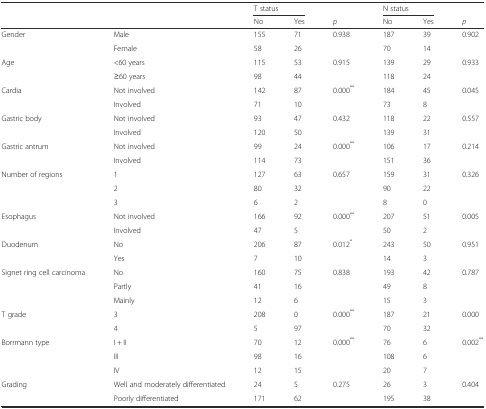
<table><thead><tr><td></td><td></td><td colspan="2"><b>T status</b></td><td></td><td colspan="2"><b>N status</b></td><td></td></tr><tr><td></td><td></td><td><b>No</b></td><td><b>Yes</b></td><td><b><i>p</i></b></td><td><b>No</b></td><td><b>Yes</b></td><td><b><i>p</i></b></td></tr></thead><tbody><tr><td>Gender</td><td>Male</td><td>155</td><td>71</td><td>0.938</td><td>187</td><td>39</td><td>0.902</td></tr><tr><td></td><td>Female</td><td>58</td><td>26</td><td></td><td>70</td><td>14</td><td></td></tr><tr><td>Age</td><td>&lt;60 years</td><td>115</td><td>53</td><td>0.915</td><td>139</td><td>29</td><td>0.933</td></tr><tr><td></td><td>≥60 years</td><td>98</td><td>44</td><td></td><td>118</td><td>24</td><td></td></tr><tr><td>Cardia</td><td>Not involved</td><td>142</td><td>87</td><td>0.000<sup>**</sup></td><td>184</td><td>45</td><td>0.045</td></tr><tr><td></td><td>Involved</td><td>71</td><td>10</td><td></td><td>73</td><td>8</td><td></td></tr><tr><td>Gastric body</td><td>Not involved</td><td>93</td><td>47</td><td>0.432</td><td>118</td><td>22</td><td>0.557</td></tr><tr><td></td><td>Involved</td><td>120</td><td>50</td><td></td><td>139</td><td>31</td><td></td></tr><tr><td>Gastric antrum</td><td>Not involved</td><td>99</td><td>24</td><td>0.000<sup>**</sup></td><td>106</td><td>17</td><td>0.214</td></tr><tr><td></td><td>Involved</td><td>114</td><td>73</td><td></td><td>151</td><td>36</td><td></td></tr><tr><td>Number of regions</td><td>1</td><td>127</td><td>63</td><td>0.657</td><td>159</td><td>31</td><td>0.326</td></tr><tr><td></td><td>2</td><td>80</td><td>32</td><td></td><td>90</td><td>22</td><td></td></tr><tr><td></td><td>3</td><td>6</td><td>2</td><td></td><td>8</td><td>0</td><td></td></tr><tr><td>Esophagus</td><td>Not involved</td><td>166</td><td>92</td><td>0.000<sup>**</sup></td><td>207</td><td>51</td><td>0.005</td></tr><tr><td></td><td>Involved</td><td>47</td><td>5</td><td></td><td>50</td><td>2</td><td></td></tr><tr><td>Duodenum</td><td>No</td><td>206</td><td>87</td><td>0.012<sup>*</sup></td><td>243</td><td>50</td><td>0.951</td></tr><tr><td></td><td>Yes</td><td>7</td><td>10</td><td></td><td>14</td><td>3</td><td></td></tr><tr><td>Signet ring cell carcinoma</td><td>No</td><td>160</td><td>75</td><td>0.838</td><td>193</td><td>42</td><td>0.787</td></tr><tr><td></td><td>Partly</td><td>41</td><td>16</td><td></td><td>49</td><td>8</td><td></td></tr><tr><td></td><td>Mainly</td><td>12</td><td>6</td><td></td><td>15</td><td>3</td><td></td></tr><tr><td>T grade</td><td>3</td><td>208</td><td>0</td><td>0.000<sup>**</sup></td><td>187</td><td>21</td><td>0.000</td></tr><tr><td></td><td>4</td><td>5</td><td>97</td><td></td><td>70</td><td>32</td><td></td></tr><tr><td>Borrmann type</td><td>I + II</td><td>70</td><td>12</td><td>0.000<sup>**</sup></td><td>76</td><td>6</td><td>0.002<sup>**</sup></td></tr><tr><td></td><td>III</td><td>98</td><td>16</td><td></td><td>108</td><td>6</td><td></td></tr><tr><td></td><td>IV</td><td>12</td><td>15</td><td></td><td>20</td><td>7</td><td></td></tr><tr><td>Grading</td><td>Well and moderately differentiated</td><td>24</td><td>5</td><td>0.275</td><td>26</td><td>3</td><td>0.404</td></tr><tr><td></td><td>Poorly differentiated</td><td>171</td><td>62</td><td></td><td>195</td><td>38</td><td></td></tr></tbody></table>